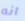
انه